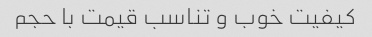
کیفیت خوب و تناسب قیمت با حجم